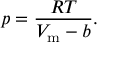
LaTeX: p = { \frac { R T } { V _ { \mathrm { m } } - b } } .